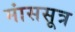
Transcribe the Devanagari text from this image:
मांससूत्र